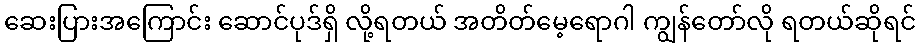
ဆေးပြားအကြောင်း ဆောင်ပုဒ်ရှိ လို့ရတယ် အတိတ်မေ့ရောဂါ ကျွန်တော်လို ရတယ်ဆိုရင်